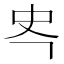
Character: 𭆾